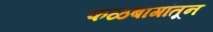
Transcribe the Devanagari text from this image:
फळबागांतून